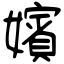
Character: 嬪